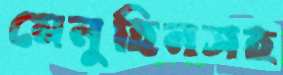
মেনুহিনসহ